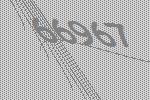
66967